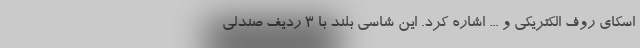
اسکای روف الکتریکی و ... اشاره کرد. این شاسی بلند با 3 ردیف صندلی